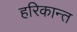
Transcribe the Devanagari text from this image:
हरिकान्त